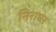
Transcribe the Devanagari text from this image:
निराधर